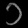
Digit: ၁